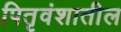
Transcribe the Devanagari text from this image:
पितृवंशातील